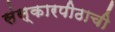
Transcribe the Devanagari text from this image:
संस्कारपीठाची